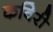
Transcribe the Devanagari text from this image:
कविरी